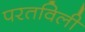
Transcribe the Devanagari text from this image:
परतविली